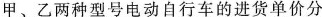
甲、乙两种型号电动自行车的进货单价分